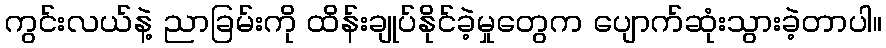
ကွင်းလယ်နဲ့ ညာခြမ်းကို ထိန်းချုပ်နိုင်ခဲ့မှုတွေက ပျောက်ဆုံးသွားခဲ့တာပါ။